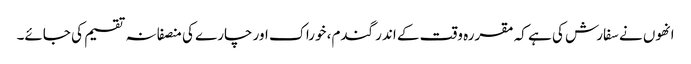
انھوں نے سفارش کی ہے کہ مقررہ وقت کے اندر گندم، خوراک اور چارے کی منصفانہ تقسیم کی جائے۔